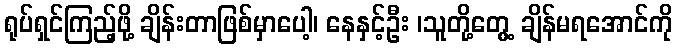
ရုပ်ရှင်ကြည့်ဖို့ ချိန်းတာဖြစ်မှာပေါ့၊ နေနှင့်ဦး ၊သူတို့တွေ့ ချိန်မရအောင်ကို